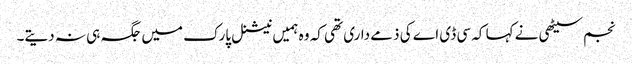
نجم سیٹھی نے کہا کہ سی ڈی اے کی ذمے داری تھی کہ وہ ہمیں نیشنل پارک میں جگہ ہی نہ دیتے۔